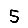
Digit: 5